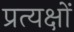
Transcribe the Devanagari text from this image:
प्रत्यक्षों